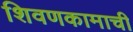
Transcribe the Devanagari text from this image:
शिवणकामाची